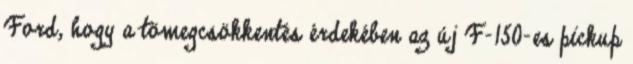
Ford, hogy a tömegcsökkentés érdekében az új F-150-es pickup